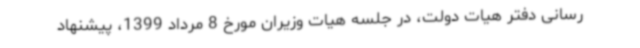
رسانی دفتر هیات دولت، در جلسه هیات وزیران مورخ 8 مرداد 1399، پیشنهاد